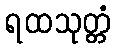
ရထသုတ္တံ